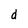
Character: d